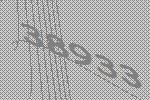
38933